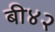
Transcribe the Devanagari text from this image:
बी४२